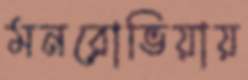
মনরোভিয়ায়